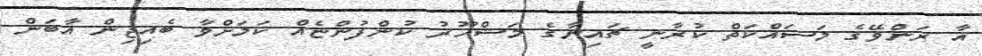
އާ ރަންވޭގެ މަސައްކަތް ކުރާނީ ޗައިނާގެ މަޝްހޫރު ކުންފުންޏެއް ކަމަށްވާ ބެއިޖިން އާބަން